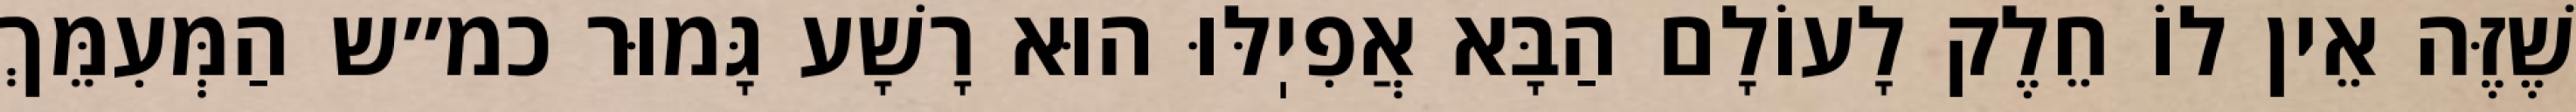
שֶׁזֶּה אֵין לוֹ חֵלֶק לָעוֹלָם הַבָּא אֲפִיֽלּוּ הוּא רָשָׁע גָּמוּר כמ״ש הַמְּעִמֵּךְ